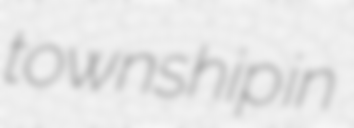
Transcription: township in